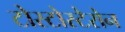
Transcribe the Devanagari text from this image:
टोस्टोस्टेरोन